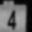
Digit: 4